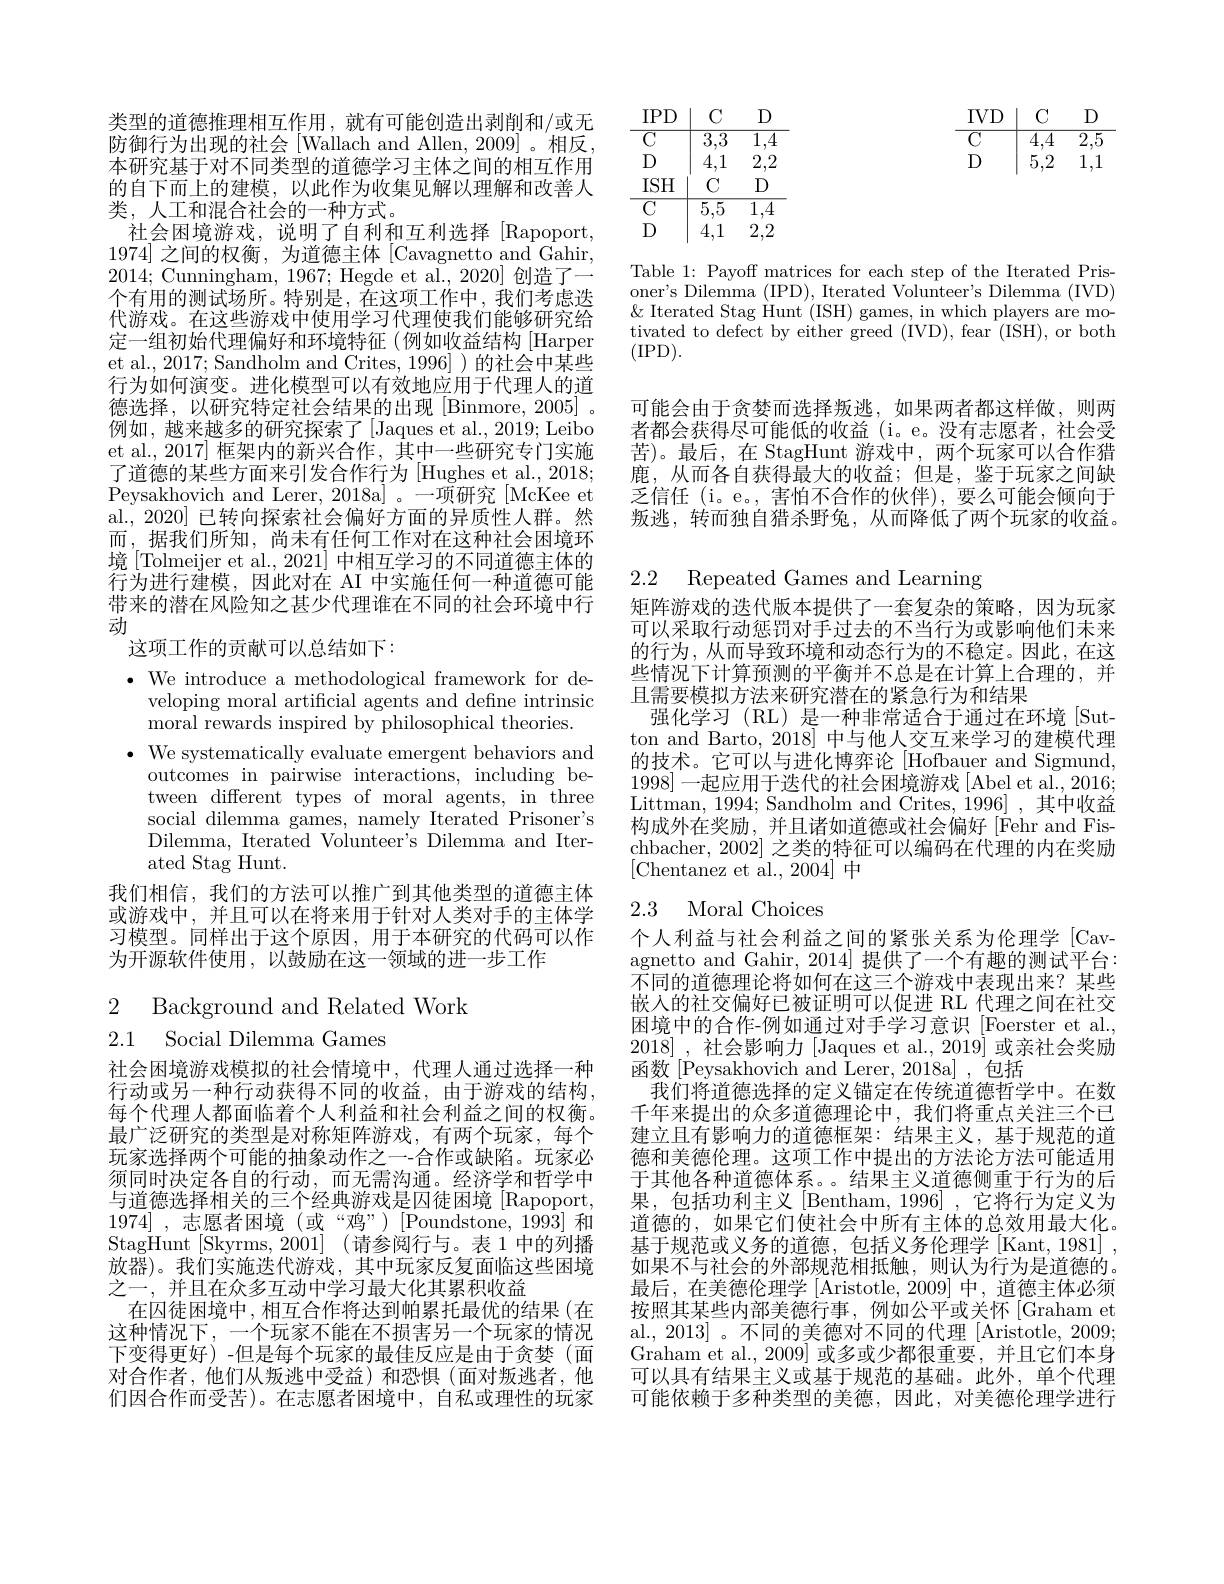
类型的道德推理相互作用，就有可能创造出剥削和/或无防御行为出现的社会[Wallach and Allen, 2009]。相反， 本研究基于对不同类型的道德学习主体之间的相互作用的自下而上的建模，以此作为收集见解以理解和改善人类，人工和混合社会的一种方式。
社会困境游戏，说明了自利和互利选择[Rapoport, 1974]之间的权衡，为道德主体 [Cavagnetto and Gahir, 2014; Cunningham, 1967; Hegde et al., 2020] 创造了一个有用的测试场所。特别是，在这项工作中，我们考虑迭代游戏。在这些游戏中使用学习代理使我们能够研究给定一组初始代理偏好和环境特征(例如收益结构[Harper et al., 2017; Sandholm and Crites, 1996] ) 的社会中某些行为如何演变。进化模型可以有效地应用于代理人的道德选择，以研究特定社会结果的出现[Binmore,2005]。例如，越来越多的研究探索了[Jaques et al.,2019; Leibo et al., 2017] 框架内的新兴合作，其中一些研究专门实施了道德的某些方面来引发合作行为 [Hughes et al., 2018; Peysakhovich and Lerer, 2018a] 。一项研究[McKee et al., 2020] 已转向探索社会偏好方面的异质性人群。然而，据我们所知，尚未有任何工作对在这种社会困境环境 [Tolmeijer et al., 2021] 中相互学习的不同道德主体的行为进行建模，因此对在 AI 中实施任何一种道德可能带来的潜在风险知之甚少代理谁在不同的社会环境中行动
这项工作的贡献可以总结如下：
$\cdot$ We introduce a methodological framework for de-
veloping moral artificial agents and define intrinsic
moral rewards inspired by philosophical theories.
$\cdot$ We systematically evaluate emergent behaviors and
outcomes in pairwise interactions, including between different types of moral agents, in three social dilemma games, namely Iterated Prisoner's Dilemma, Iterated Volunteer's Dilemma and Iterated Stag Hunt.
我们相信，我们的方法可以推广到其他类型的道德主体或游戏中，并且可以在将来用于针对人类对手的主体学习模型。同样出于这个原因，用于本研究的代码可以作为开源软件使用，以鼓励在这一领域的进一步工作

2 Background and Related Work
2.1 Social Dilemma Games

社会困境游戏模拟的社会情境中，代理人通过选择一种行动或另一种行动获得不同的收益，由于游戏的结构每个代理人都面临着个人利益和社会利益之间的权衡。最广泛研究的类型是对称矩阵游戏，有两个玩家，每个玩家选择两个可能的抽象动作之一-合作或缺陷。玩家必须同时决定各自的行动，而无需沟通。经济学和哲学中与道德选择相关的三个经典游戏是囚徒困境[Rapoport, 1974] ,志愿者困境 (或“鸡”)[Poundstone,1993]\:和StagHunt [Skyrms, 2001] (请参阅行与。表 1 中的列播放器)。我们实施迭代游戏，其中玩家反复面临这些困境之一，并且在众多互动中学习最大化其累积收益
在囚徒困境中，相互合作将达到帕累托最优的结果(在这种情况下，一个玩家不能在不损害另一个玩家的情况下变得更好) -但是每个玩家的最佳反应是由于贪婪(面对合作者，他们从叛逃中受益)和恐惧(面对叛逃者，他们因合作而受苦)。在志愿者困境中，自私或理性的玩家

$\begin{array}{c|ccc}\mathrm{IVD}&\mathrm{C}&\mathrm{D}\\\hline\mathrm{C}&4,4&2,5\\\mathrm{D}&5,2&1,1\end{array}$

<table>
	<tbody>
		<tr>
			<td>IPD</td>
			<td>$C$</td>
			<td>$D$</td>
		</tr>
		<tr>
			<td>$\overline{\mathrm{C}}$</td>
			<td>$\overline{3,3}$</td>
			<td>1 $\overline{4}$ </td>
		</tr>
		<tr>
			<td>D</td>
			<td>4,1</td>
			<td>2, 2 1</td>
		</tr>
		<tr>
			<td>$ISH$</td>
			<td>$C$</td>
			<td>$D$</td>
		</tr>
		<tr>
			<td>$\overline{\mathrm{C}}$</td>
			<td>$\overline{5,5}$</td>
			<td>1 $\overline{4}$</td>
		</tr>
		<tr>
			<td> </td>
			<td>1 11</td>
			<td>9 2</td>
		</tr>
	</tbody>
</table>

Table 1: Payoff matrices for each step of the Iterated Prisoner's Dilemma (IPD), Iterated Volunteer's Dilemma (IVD) $\&$ Iterated Stag $\overset{\prime}{\operatorname*{Hunt}}($ISH) games, in which players are motivated to defect by either greed (IVD), fear (ISH), or both (IPD).

可能会由于贪婪而选择叛逃，如果两者都这样做，则两者都会获得尽可能低的收益(i。e。没有志愿者，社会受苦)。最后，在 StagHunt 游戏中，两个玩家可以合作猎鹿，从而各自获得最大的收益；但是，鉴于玩家之间缺乏信任 (i。e。, 害怕不合作的伙伴),要么可能会倾向于叛逃，转而独自猎杀野兔，从而降低了两个玩家的收益。

2.2 Repeated Games and Learning

矩阵游戏的迭代版本提供了一套复杂的策略，因为玩家可以采取行动惩罚对手过去的不当行为或影响他们未来的行为，从而导致环境和动态行为的不稳定。因此，在这些情况下计算预测的平衡并不总是在计算上合理的，并且需要模拟方法来研究潜在的紧急行为和结果
强化学习 (RL) 是一种非常适合于通过在环境[Sutton and Barto, 2018] 中与他人交互来学习的建模代理的技术。它可以与进化博弈论 [Hofbauer and Sigmund, 1998]一起应用于迭代的社会困境游戏 [Abel et al., 2016; Littman, 1994; Sandholm and Crites, 1996] , 其中收益构成外在奖励，并且诸如道德或社会偏好[Fehr and Fischbacher, 2002] 之类的特征可以编码在代理的内在奖励[Chentanez et al.,2004]中

# 2.3 Moral Choices

个人利益与社会利益之间的紧张关系为伦理学[Cavagnetto and Gahir, 2014]提供了一个有趣的测试平台： 不同的道德理论将如何在这三个游戏中表现出来？某些嵌人的社交偏好已被证明可以促进 RL 代理之间在社交困境中的合作-例如通过对手学习意识[Foerster et al., 2018] ,社会影响力 [Jaques et al., 2019] 或亲社会奖励函数[Peysakhovich and Lerer, 2018a] ,包括
我们将道德选择的定义锚定在传统道德哲学中。在数千年来提出的众多道德理论中，我们将重点关注三个已建立且有影响力的道德框架：结果主义，基于规范的道德和美德伦理。这项工作中提出的方法论方法可能适用于其他各种道德体系。。结果主义道德侧重于行为的后果，包括功利主义[Bentham,1996],它将行为定义为道德的，如果它们使社会中所有主体的总效用最大化。基于规范或义务的道德，包括义务伦理学[Kant,1981] , 如果不与社会的外部规范相抵触，则认为行为是道德的。最后，在美德伦理学[Aristotle,2009]中，道德主体必须按照其某些内部美德行事，例如公平或关怀[Graham et al., 2013]。不同的美德对不同的代理 [Aristotle, 2009; Graham et al.,2009] 或多或少都很重要，并且它们本身可以具有结果主义或基于规范的基础。此外，单个代理可能依赖于多种类型的美德，因此，对美德伦理学进行